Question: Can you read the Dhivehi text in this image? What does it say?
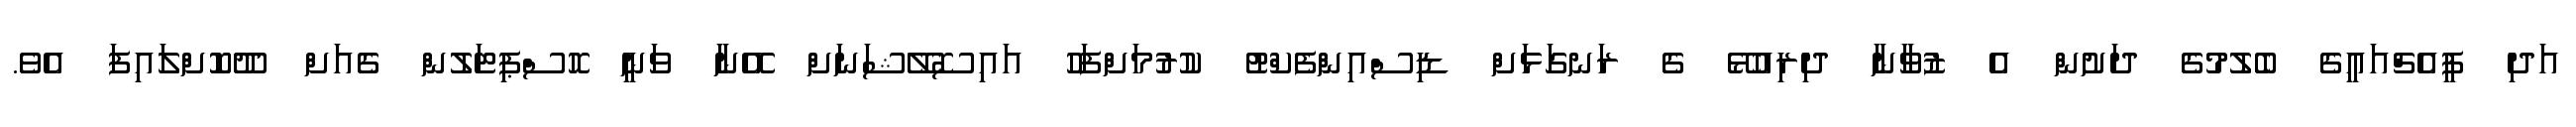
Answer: އަދި ޕީއެޗްއައީގެ ބެލުމުގެ ދަށުން އެ ޒުވާނާ ދިރިއުޅޭ ގެ ރަނގަޅަށް ޑިސްއިންފެކްޓު ކުރުމަށްފަހު އައިސޮލޭޝަނަށް އޭނާ ވަނީ ހޮސްޕިޓަލުން ގެއަށް ދޫކޮށްލައިފަ އެވެ.